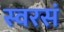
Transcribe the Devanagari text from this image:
स्वरसं